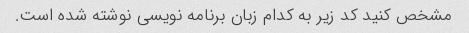
مشخص کنید کد زیر به کدام زبان برنامه نویسی نوشته شده است.